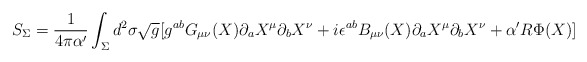
\begin{align*}S_{\Sigma}=\frac{1}{4\pi\alpha^\prime}\int_\Sigma d^2\sigma\sqrt g[g^{ab}G_{\mu\nu}(X)\partial_a X^\mu\partial_b X^\nu+i\epsilon^{ab}B_{\mu\nu}(X)\partial_a X^\mu\partial_bX^\nu+\alpha^\prime R\Phi(X)]\end{align*}